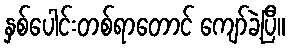
နှစ်ပေါင်းတစ်ရာတောင် ကျော်ခဲ့ပြီ။